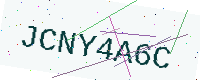
Text: JCNY4A6C